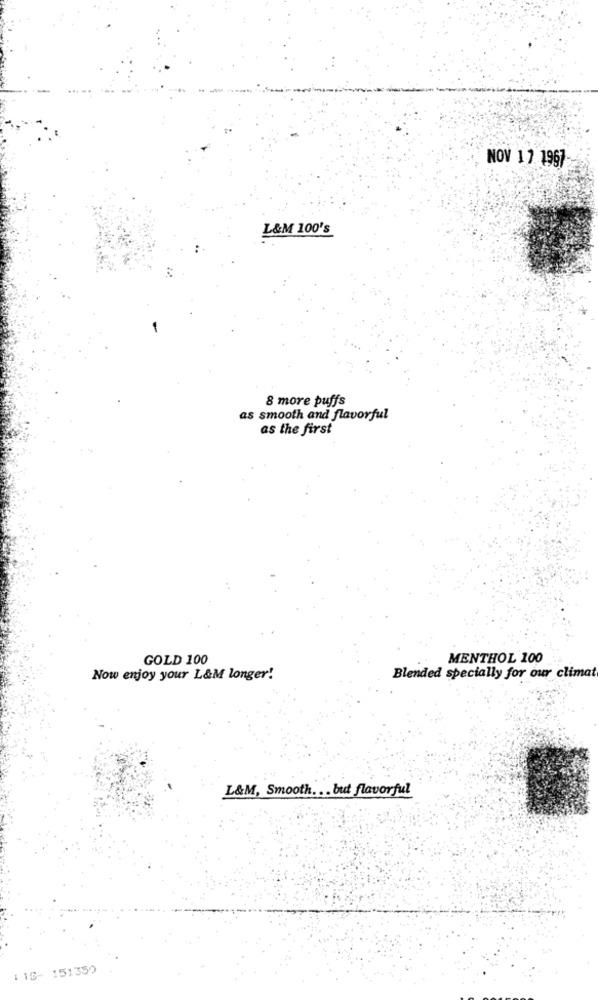
NOV 17. 1967
L&M 100's
8 more puffs
as smooth and flavorful
as the first
GOLD 100
MENTHOL 100
Now enjoy your L&M longer!
Blended specially for our climat
L&M, Smooth ... but flavorful
1 16- 151350